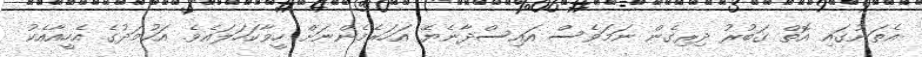
އެތަނުގައި އޮތް ގަބުރު ދިރިގެން ނަމަވެސް އައިސްދާނެޔޭ އަހަރެމެންނަށް ހީވާކަހަލައެވެ. އަހުމަދުގެ އެހީއާއެކު